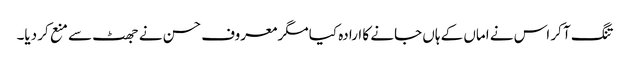
تنگ آ کر اس نے اماں کے ہاں جانے کا ارادہ کیا مگر معروف حسن نے جھٹ سے منع کر دیا۔